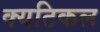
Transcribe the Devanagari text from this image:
क्यटिकल